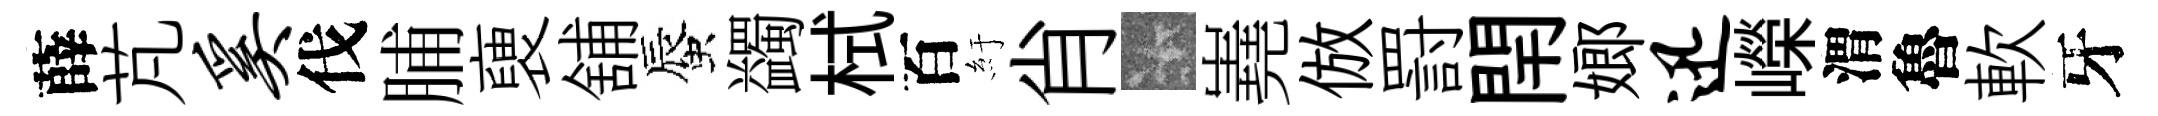
薛芃奚伐脯褏舖蜃蠲栻百紆肖卡嶤倣罸閈嫏迅嶸渭魯軟牙